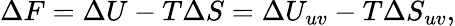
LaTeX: \Delta F=\Delta U-T\Delta S=\Delta U_{uv}-T\Delta S_{uv},